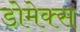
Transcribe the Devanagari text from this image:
डोमेक्स